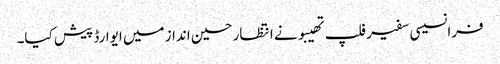
فرانسیسی سفیر فلپ تھیبو نے انتظار حسین انداز میں ایوارڈ پیش کیا۔